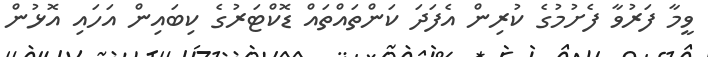
ވީމާ ފަރުވާ ފެށުމުގެ ކުރިން އެފަދަ ކަންތައްތައް ޑޮކްޓަރުގެ ކިބައިން އަހައި އޮޅުން